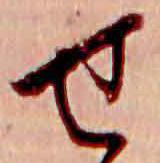
せ